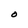
Character: O